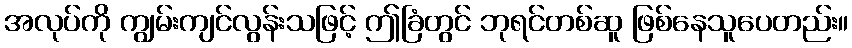
အလုပ်ကို ကျွမ်းကျင်လွန်းသဖြင့် ဤခြံတွင် ဘုရင်တစ်ဆူ ဖြစ်နေသူပေတည်း။